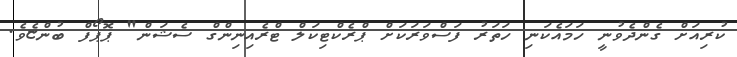
ކުރިއަށް ގެންދެވުނީ ހަމައެކަނި ހަތަރު ފަސްވަރަކަށް ޕްރެކްޓިކަލް ޓްރެއިނިންގް ސެޝަން" ޕޮޕޯފް ބުންޏެވެ.